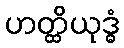
ဟတ္ထိယုဒ္ဓံ